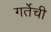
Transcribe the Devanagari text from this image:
गर्तेची